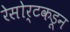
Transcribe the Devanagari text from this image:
रेसोर्टकडून